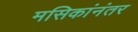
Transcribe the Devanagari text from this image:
मसिकांनंतर